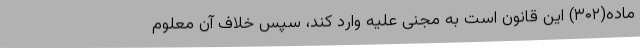
ماده(۳۰۲) این قانون است به مجنیٌ علیه وارد کند، سپس خلاف آن معلوم